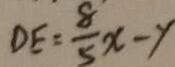
D E = \frac { 8 } { 5 } x - y